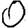
Digit: 0